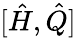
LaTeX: [{\hat{H}},{\hat{Q}}]